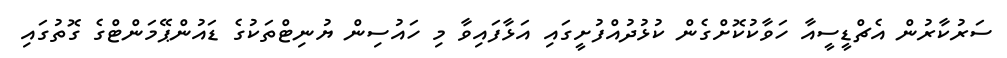
ސަރުކާރުން އެޗްޑީސީއާ ހަވާކުކޮށްގެން ކުޅުދުއްފުށީގައި އަޅާފައިވާ މި ހައުސިން ޔުނިޓްތަކުގެ ޑައުންޕޭމަންޓްގެ ގޮތުގައި